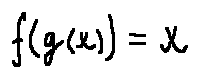
f ( g ( x ) ) = x